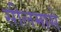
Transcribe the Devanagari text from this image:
सीलमासे